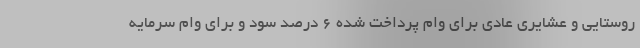
روستایی و عشایری عادی برای وام پرداخت شده ۶ درصد سود و برای وام سرمایه